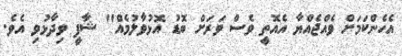
އެހެންކަމަށް ވެއްޖެއްޔާ އެއޮތީ ވެސް ވަރަށް ބޮޑު އޮޅުވާލުމެއް" ޝާފީ ވިދާޅުވި އެވެ.